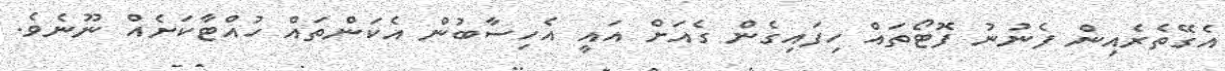
އެގޭތެރެއިން ފެނުނު ފޮޓޯތައް ހިފައިގެން ގެއަށް އައީ އެހިސާބުން އެކަންތައް ހުއްޓާކަށެއް ނޫނެވެ.